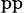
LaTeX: _\mathrm{pp}